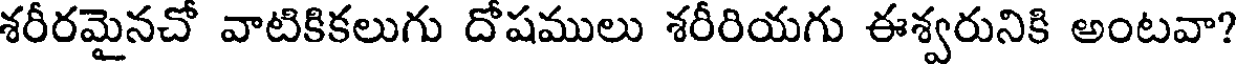
శరీరమైనచో వాటికికలుగు దోషములు శరీరియగు ఈశ్వరునికి అంటవా?